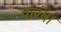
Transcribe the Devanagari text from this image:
करंबा